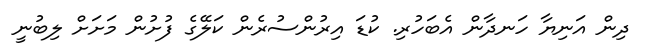
ދިން އަނިޔާ ހަނދާން އެބަހުރި. ކުޑަ އިރުންސުރެން ކަލޭގެ ފުށުން މަށަށް ލިބުނީ